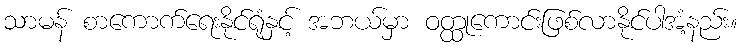
သာမန် စာကောက်ရေးနိုင်ရုံနှင့် အဘယ်မှာ ဝတ္ထုကောင်းဖြစ်လာနိုင်ပါအံ့နည်း။